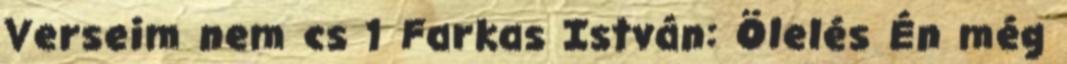
Verseim nem cs 1 Farkas István: Ölelés Én még